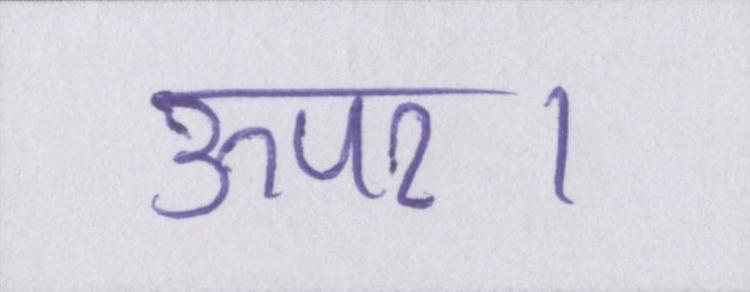
ऊपर।